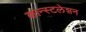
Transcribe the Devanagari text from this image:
कान्स्टलेशन